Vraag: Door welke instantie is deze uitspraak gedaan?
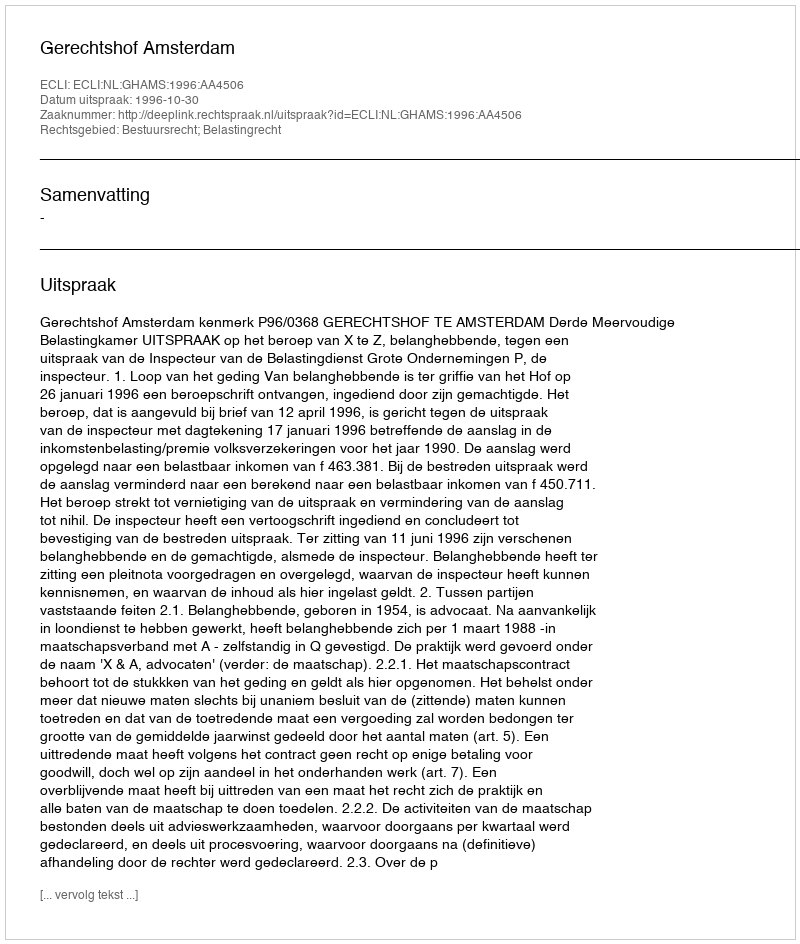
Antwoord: Gerechtshof Amsterdam